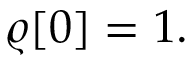
\varrho [ 0 ] = 1 .